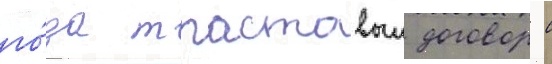
го́да трастовыи договор с